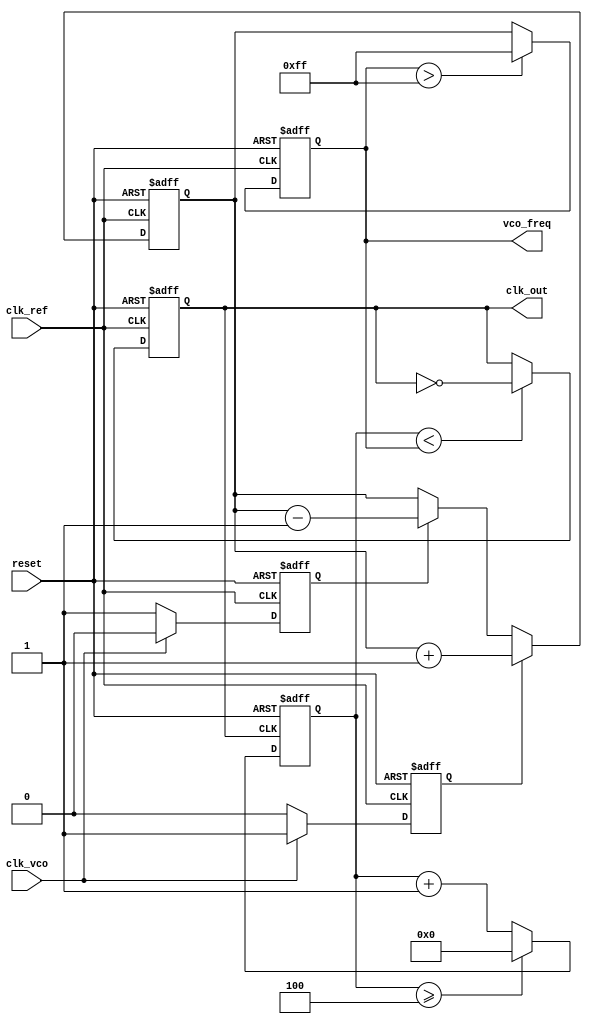
module cp_pll (
    input wire clk_ref,         // Reference clock input
    input wire clk_vco,         // VCO output clock
    input wire reset,           // Reset signal
    output reg clk_out,         // Output clock
    output reg [7:0] vco_freq   // VCO frequency control voltage
);

// Parameters
parameter DIV_RATIO = 4;      // Feedback divider ratio
parameter MAX_VCO_FREQ = 255; // Maximum VCO frequency control value

// Internal signals
reg up, down;                  // Signals from phase detector
reg [7:0] charge_pump_output;  // Charge pump output voltage
reg [3:0] feedback_counter;    // Feedback counter for division

// Phase Detector
always @(posedge clk_ref or posedge reset) begin
    if (reset) begin
        up <= 0;
        down <= 0;
    end else begin
        // Simple phase detector logic
        if (clk_vco) begin
            up <= 1;   // VCO lags reference
            down <= 0;
        end else begin
            up <= 0;
            down <= 1; // VCO leads reference
        end
    end
end

// Charge Pump
always @(posedge clk_ref or posedge reset) begin
    if (reset) begin
        charge_pump_output <= 0;
    end else begin
        if (up) begin
            charge_pump_output <= charge_pump_output + 1; // Increment
        end else if (down) begin
            charge_pump_output <= charge_pump_output - 1; // Decrement
        end
    end
end

// Loop Filter (Simple RC filter simulation)
always @(posedge clk_ref or posedge reset) begin
    if (reset) begin
        vco_freq <= 0;
    end else begin
        vco_freq <= charge_pump_output; // Directly use charge pump output for simplicity
        if (vco_freq > MAX_VCO_FREQ) begin
            vco_freq <= MAX_VCO_FREQ; // Limit to max frequency
        end
    end
end

// Voltage-Controlled Oscillator (VCO)
always @(posedge clk_ref or posedge reset) begin
    if (reset) begin
        clk_out <= 0;
    end else begin
        // Simple VCO logic based on control voltage
        if (feedback_counter < vco_freq) begin
            clk_out <= ~clk_out; // Toggle output clock
        end
    end
end

// Feedback Divider
always @(posedge clk_out or posedge reset) begin
    if (reset) begin
        feedback_counter <= 0;
    end else begin
        feedback_counter <= feedback_counter + 1;
        if (feedback_counter >= DIV_RATIO) begin
            feedback_counter <= 0; // Reset counter after division
        end
    end
end

endmodule